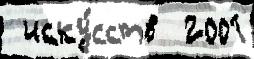
 иску́сств  2001